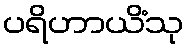
ပရိဟာယိံသု